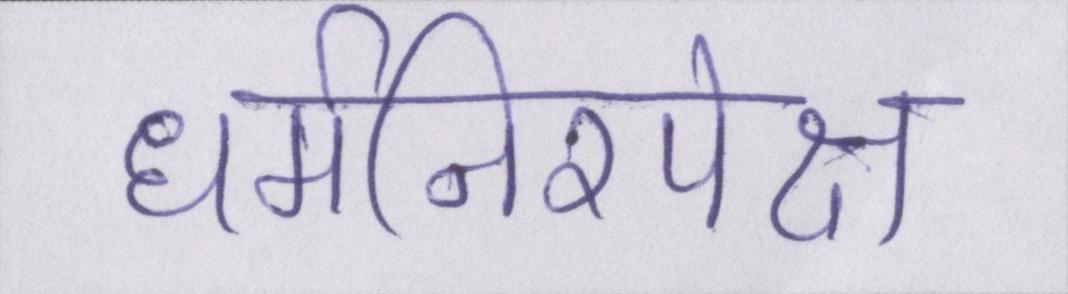
धर्मनिरपेक्ष